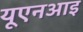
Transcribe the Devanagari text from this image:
यूएनआइ